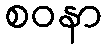
စဝနာ